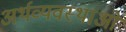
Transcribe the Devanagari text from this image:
अर्थव्यवस्थाओ